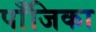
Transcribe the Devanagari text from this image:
पाँजिका